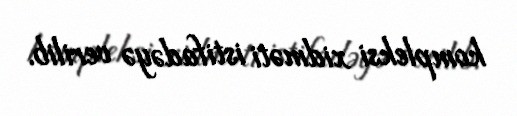
kompleksi xidməti istifadəyə verilib.